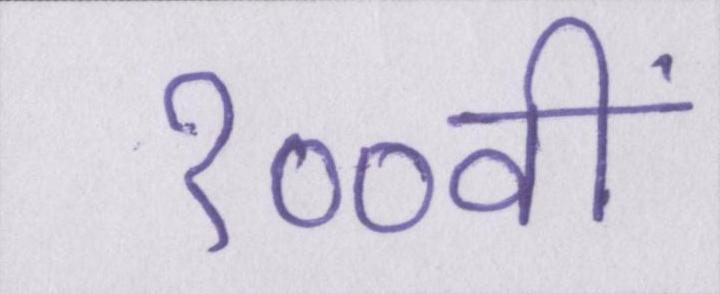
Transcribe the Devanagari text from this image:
१००वीं